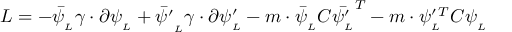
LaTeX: L = - \bar { \psi } _ { _ { L } } \gamma \cdot \partial \psi _ { _ { L } } + \bar { \psi ^ { \prime } } _ { _ { L } } \gamma \cdot \partial \psi _ { _ { L } } ^ { \prime } - m \cdot \bar { \psi } _ { _ { L } } C \bar { \psi _ { _ { L } } ^ { \prime } } ^ { T } - m \cdot \psi _ { _ { L } } ^ { \prime \, T } C \psi _ { _ { L } }